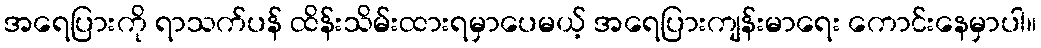
အရေပြားကို ရာသက်ပန် ထိန်းသိမ်းထားရမှာပေမယ့် အရေပြားကျန်းမာရေး ကောင်းနေမှာပါ။